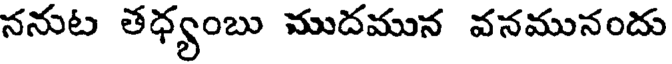
ననుట తధ్యంబు ముదమున వనమునందు